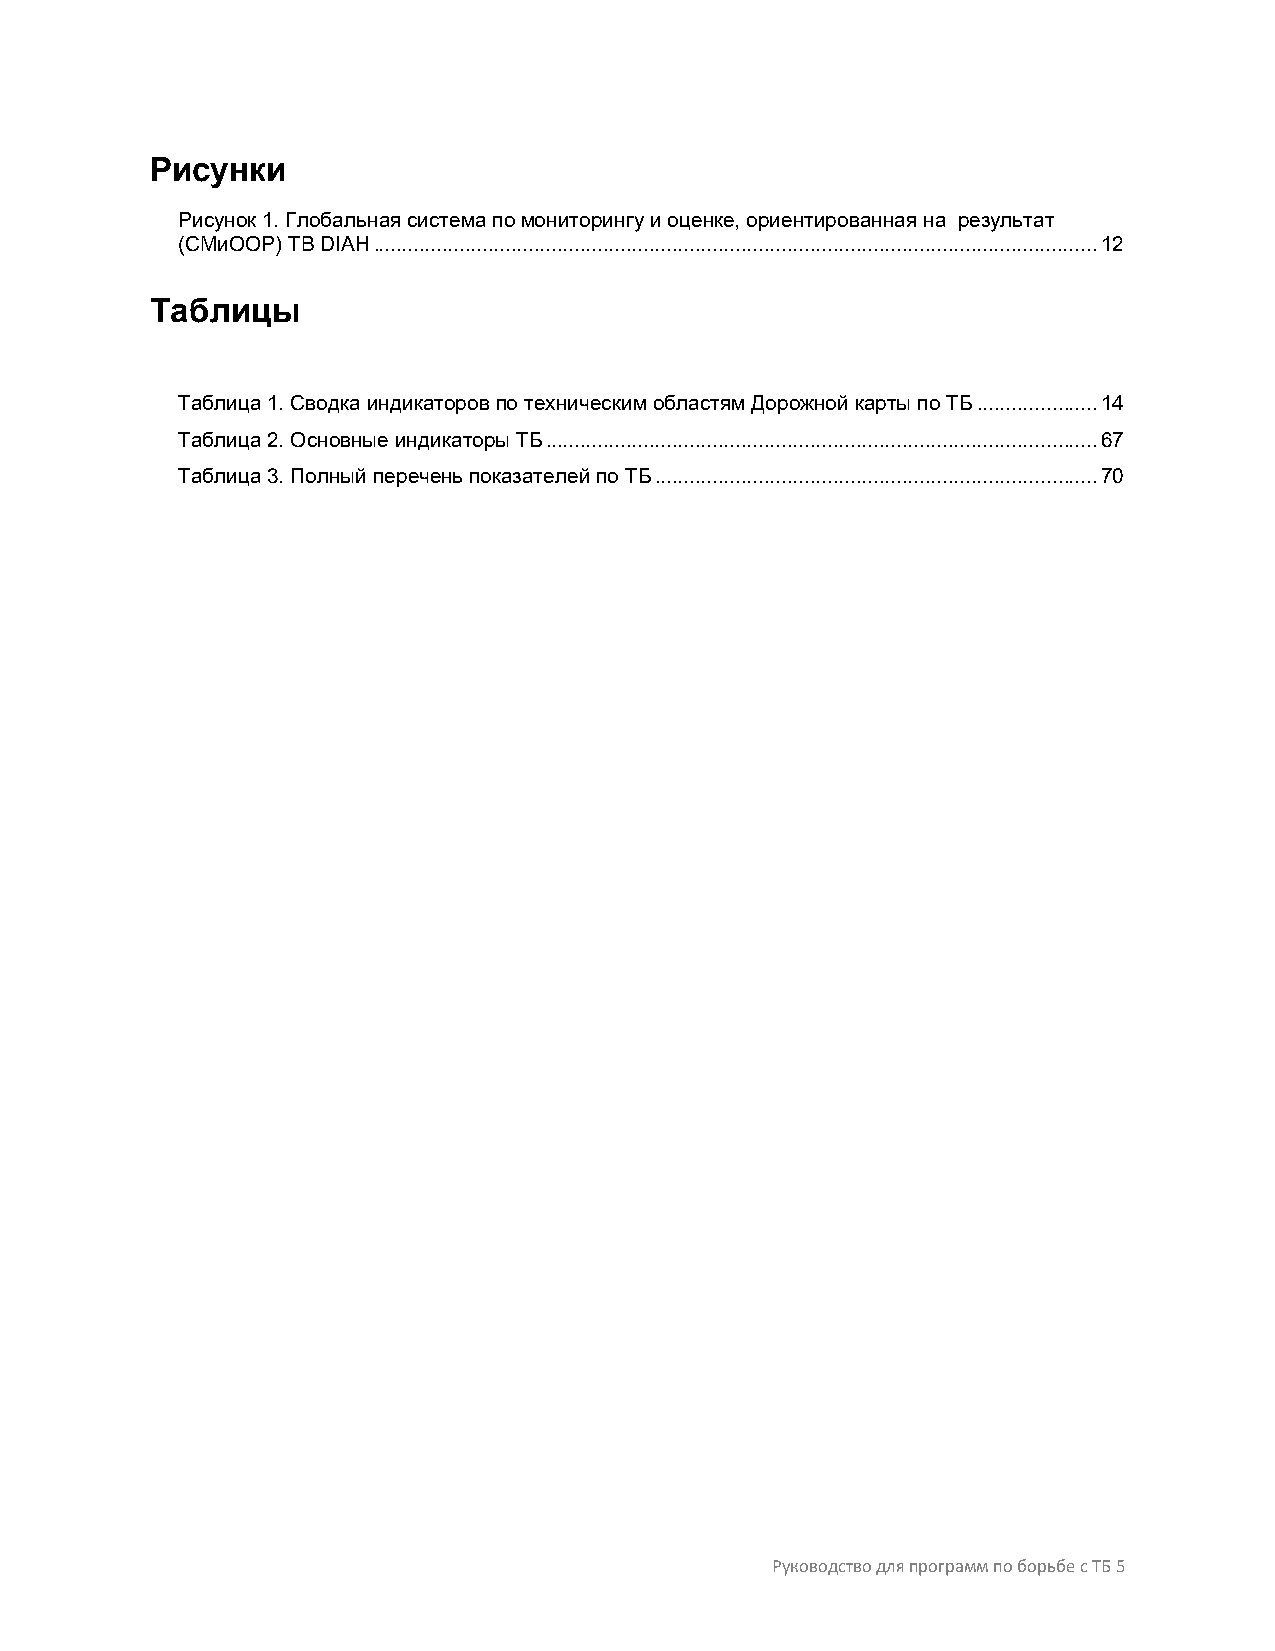
Рисунки
 Рисунок 1. Глобальная система по мониторингу и оценке, ориентированная на результат
 (СМиООР) TB DIAH .............................................................................................................................. 12
 Таблицы
 Таблица 1. Сводка индикаторов по техническим областям Дорожной карты по ТБ ..................... 14
 Таблица 2. Основные индикаторы ТБ ................................................................................................ 67
 Таблица 3. Полный перечень показателей по ТБ ............................................................................. 70
 Руководство для программ по борьбе с ТБ 5